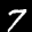
Label: 7